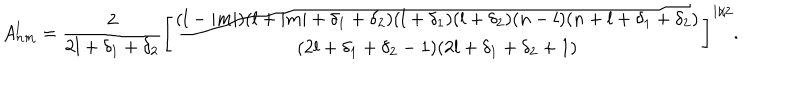
A _ { n m } ^ { l } = \frac { 2 } { 2 l + \delta _ { 1 } + \delta _ { 2 } } \left[ \frac { ( l - | m | ) ( l + | m | + \delta _ { 1 } + \delta _ { 2 } ) ( l + \delta _ { 1 } ) ( l + \delta _ { 2 } ) ( n - l ) ( n + l + \delta _ { 1 } + \delta _ { 2 } ) } { ( 2 l + \delta _ { 1 } + \delta _ { 2 } - 1 ) ( 2 l + \delta _ { 1 } + \delta _ { 2 } + 1 ) } \right] ^ { 1 / 2 } .